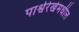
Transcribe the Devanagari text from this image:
पार्श्वरेखेमधील